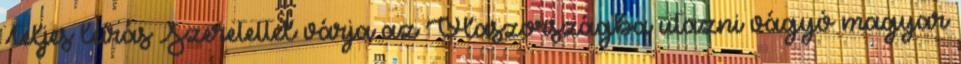
Teljes leírás Szeretettel várja az Olaszországba utazni vágyó magyar